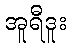
အူရီဒူး